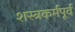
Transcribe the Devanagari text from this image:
शस्त्रकर्मपूर्व